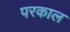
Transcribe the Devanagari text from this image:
परकाल